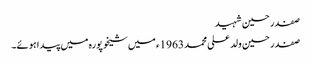
صفدر حسین شہید
صفدر حسین ولد علی محمد 1963ء میں شیخوپورہ میں پیدا ہوئے۔